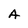
Character: A